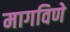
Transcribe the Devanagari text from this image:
मागविणे